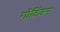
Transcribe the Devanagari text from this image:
गोटिंजन